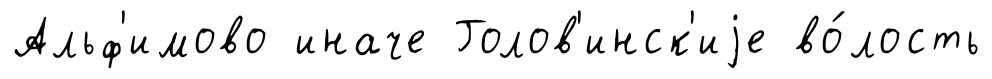
Альф'имово иначе Голов'инск'иjе во́лость